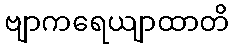
ဗျာကရေယျာထာတိ